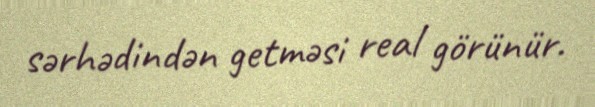
sərhədindən getməsi real görünür.